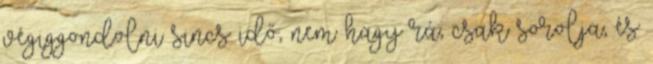
végiggondolni sincs idő, nem hagy rá, csak sorolja, és